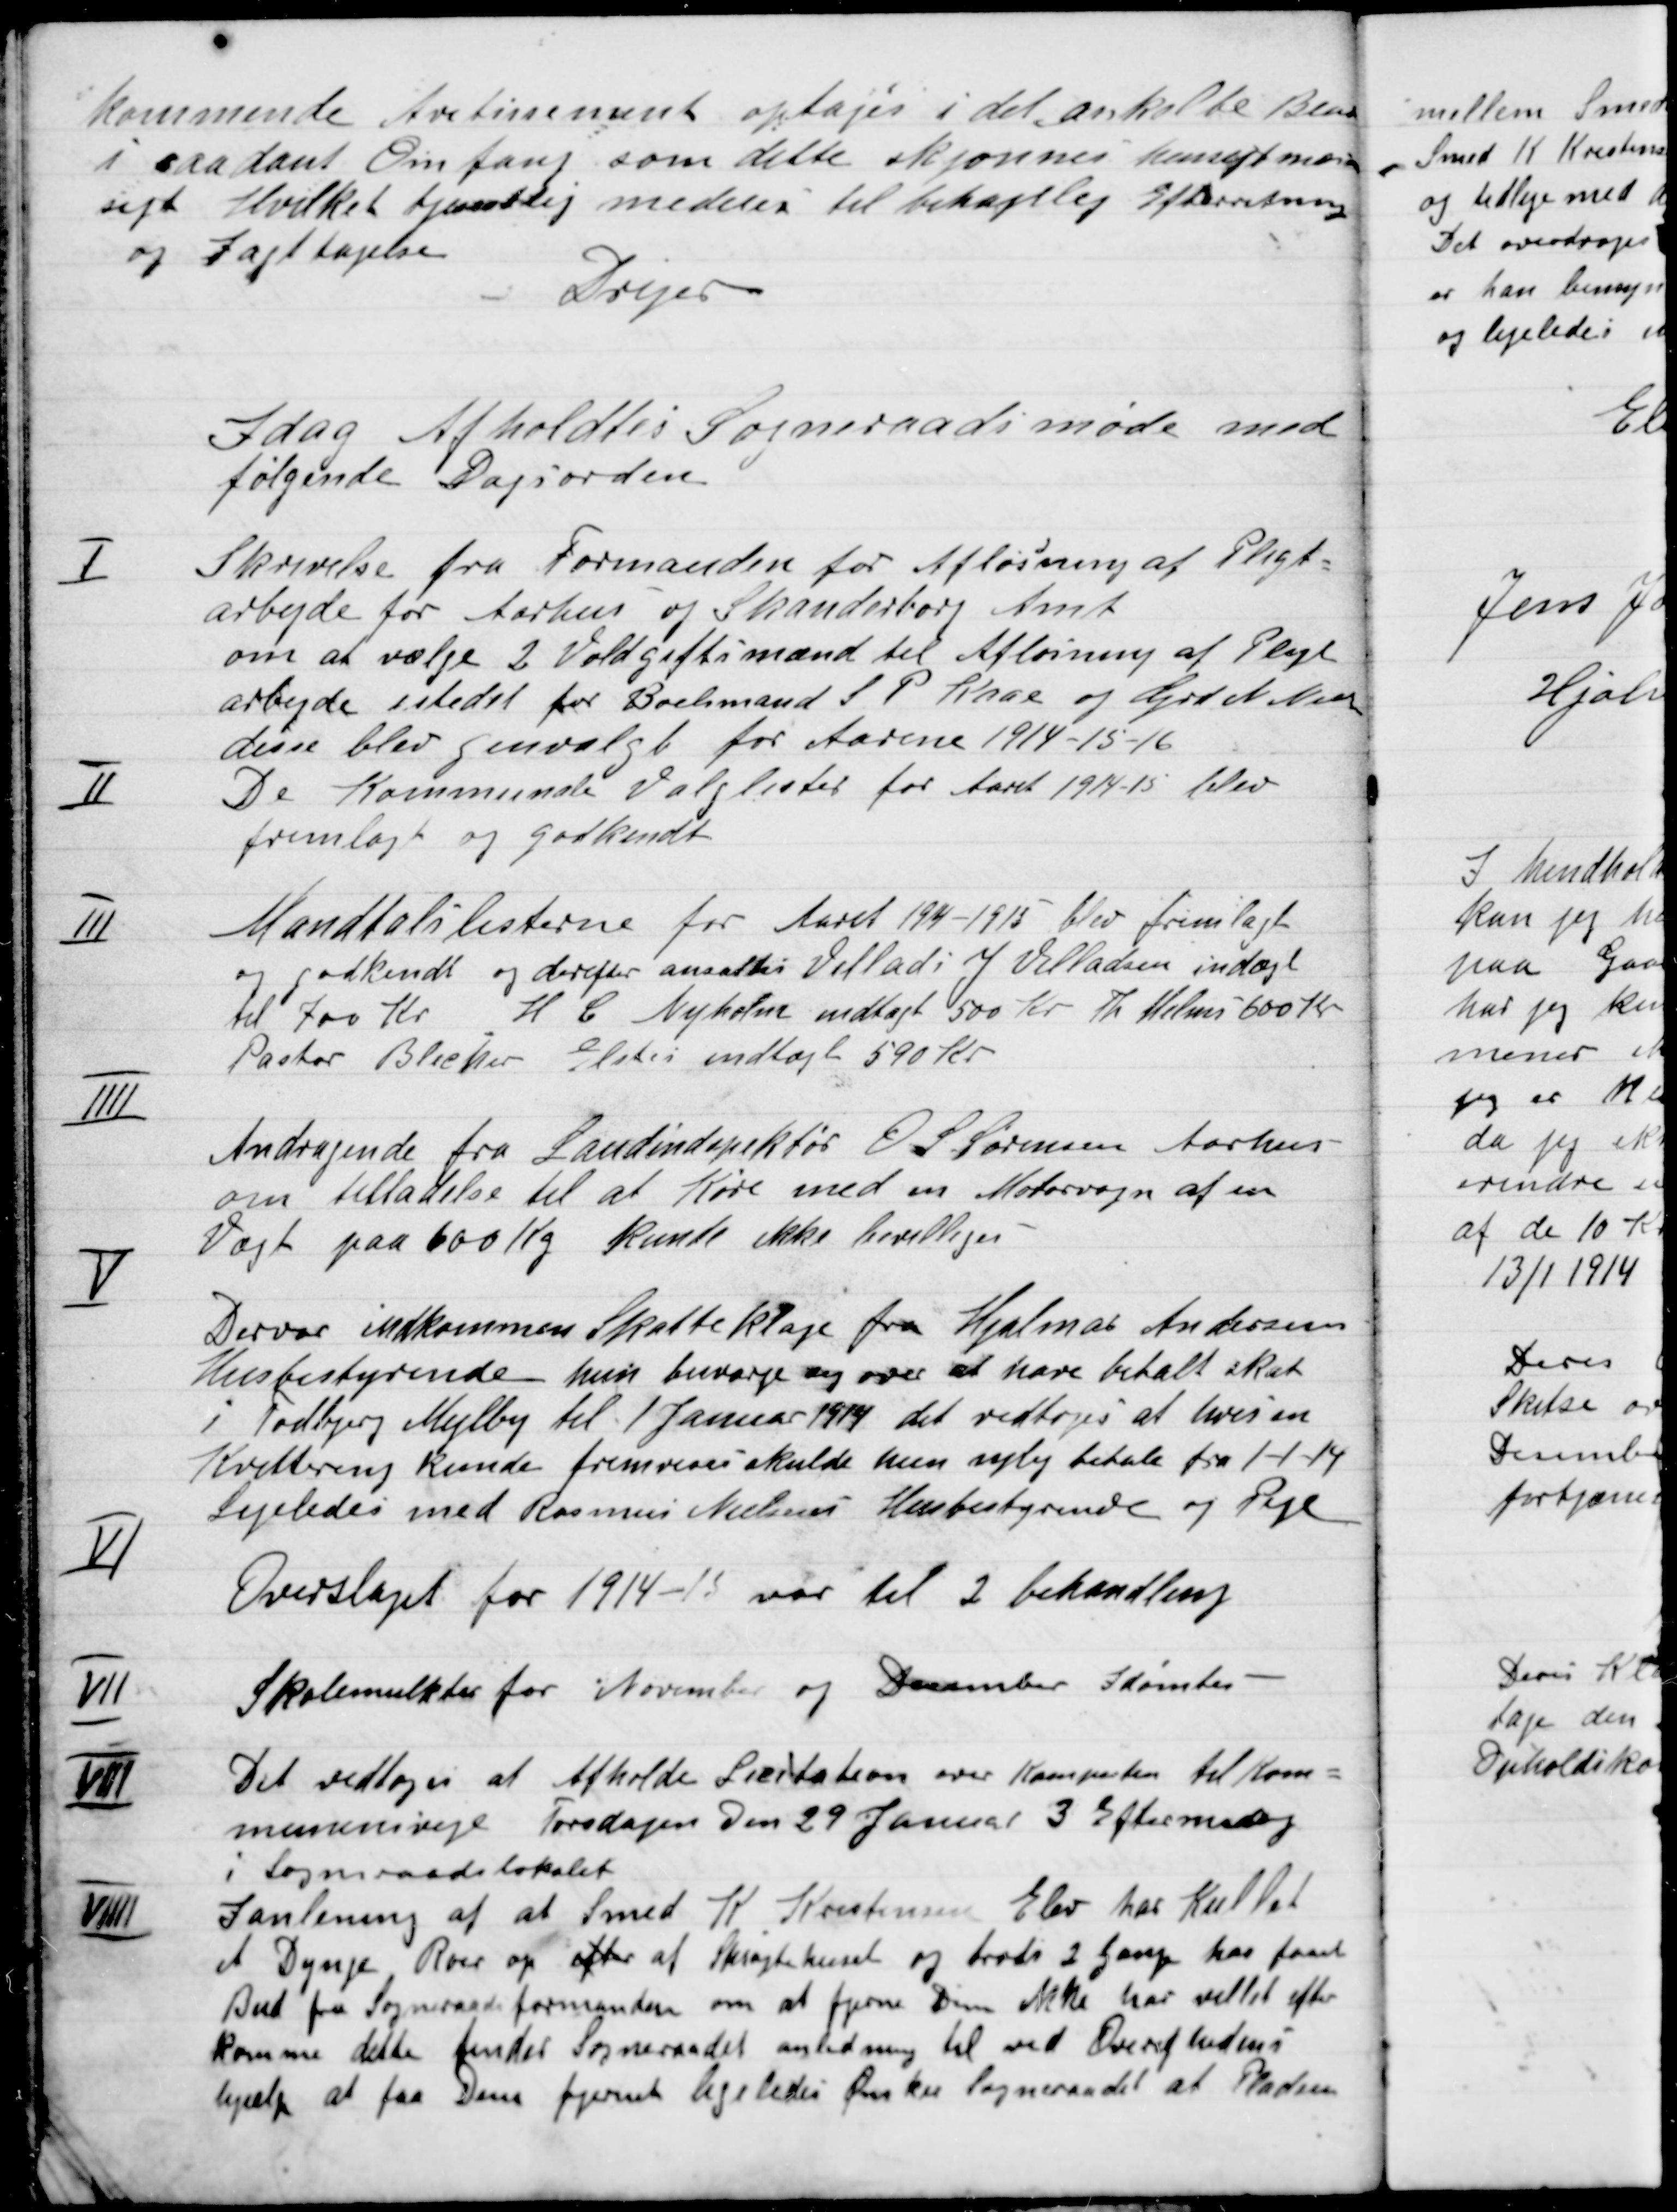
Transskription:
kommende Avertissement optages i det anholde Bland
I saadant Omfang som dette skjønnes hensigtsmæssig-
sigt Hvilket tjenestlig meddeles til behagelig Efterretning
og Iagttagelse.
Drejer

I dag Afholdtes Sogneradsmøde med
følgende Dagsorden.

I

Skrivelse fra Formanden for afløsning af Pligt-
arbejde for Aarhus og Skanderborg Amt
om at vælge 2 Voldgiftsmænd til Afløsning af Pligt
arbejde i stedet for Boelsmand S. P. Kaas og Grd. Niels Nielsen
disse blev genvalgt for Aarene 1914-15-16.

II

De Kommunale Valglister for Aaret 1914-15 blev
fremlagt og godkendt.

III

Mandtalslisterne for Aaret 1914-15 blev fremlagt
og godkendt og derefter anmodes Villads J. Villadsen indføjet
til 700 Kr. H. C. Nyholm antaget 500 Kr. Th. Helms 500 Kr.
Pastor Blicher Elsted indtaget 590 Kr.

IIII

Andragende fra Landinspektør O. S. Sørensen Aarhus
om tilladelse til Køre med en Motorvogn af en
vægt paa 600 Kg. Kunne ikke bevilliges.

V

Der var indkommen Skatteklage fra Hjalmar Andersens
Husbestyrerinde hun besværede sig over at have betalt skat
I Todbjerg Mejlby til Januar 1914 det vedtoges at halvere
Kvittering kunde fremvises skulde kun nylig betale fra 1-1-14
Ligeledes med Rasmus Nielsens Husbestyrerinde og Pige.

VI

Overslaget for 1914-15 var til 2 behandling.

VII

Skolemulkter for November og December Idømtes –

VIII

Det vedtoges at Afholde Licitation over Kampesten til Kom-
muneveje Torsdagne Den 29 Januar 3 Eftermiddag
i Sogneradslokalet.

VIII

I anledning af at Smed K. Kristensen Elev har Kullet
et Dynge Roer op efter af Sprøjtehuset og trods 2 Gange har faaet
Bud fra Sogneraads formanden om at fjerne Dem ikke har villet efter
komme dette finder Sogneraadet anledning til ved
hjælp at faa Dem fjernet ligeledes Ønsker Sogneraadet at Pladsen